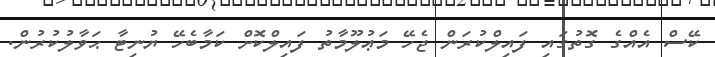
ކޭސް އެއްގެ ގޮތުގައި ފައިލްކުރަން ޖެހޭ މަޢުލޫމާތު ފައިލްކޮށް ކަމާބެހޭ ޔުނިޓާ ޙަވާލުކުރުން.